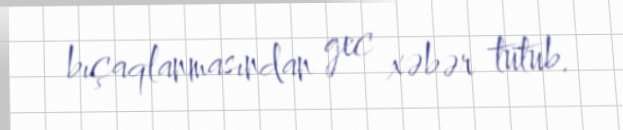
bıçaqlanmasından gec xəbər tutub.